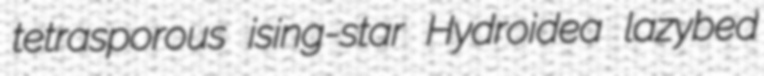
tetrasporous ising-star Hydroidea lazybed